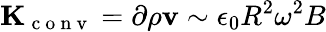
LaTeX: \mathbf{K}_{\mathrm{~c~o~n~v~}}=\partial\rho\mathbf{v}\sim\epsilon_{0}R^{2}\omega^{2}B